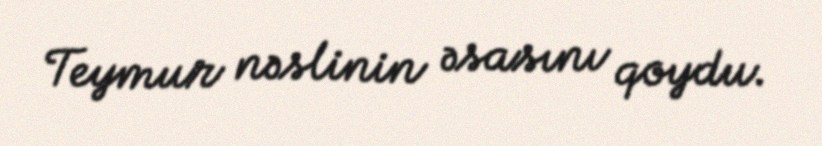
Teymur nəslinin əsasını qoydu.